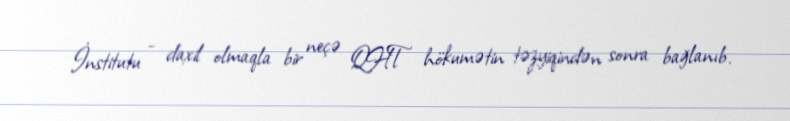
İnstitutu - daxil olmaqla bir neçə QHT hökumətin təzyiqindən sonra bağlanıb.